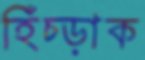
হিঁচ্‌ড়াক